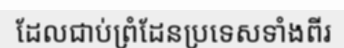
ដែលជាប់ព្រំដែនប្រទេសទាំងពីរ